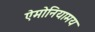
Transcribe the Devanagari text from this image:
ऐमोनियामय